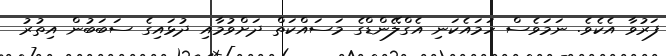
ފަރުވާ އެކެވެ. ނަމަވެސް ހަމައެކަނި އެގްލޭންޑްގެ މަސައްކަތް ދަށްވުމާއި ދުޅައިގެ ސަބަބުން އިތުރު